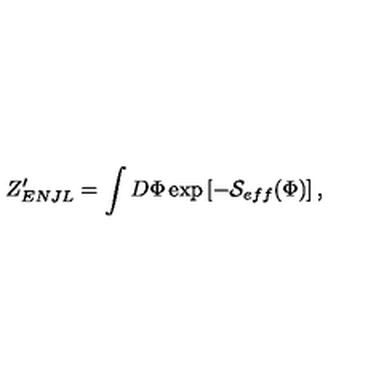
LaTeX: Z _ { E N J L } ^ { \prime } = \int D \Phi \exp \left[ - { \cal S } _ { e f f } ( \Phi ) \right] ,